Code of medical and sanitary regulations for the guidance of medical officers serving in the Madras Presidency - Volume II
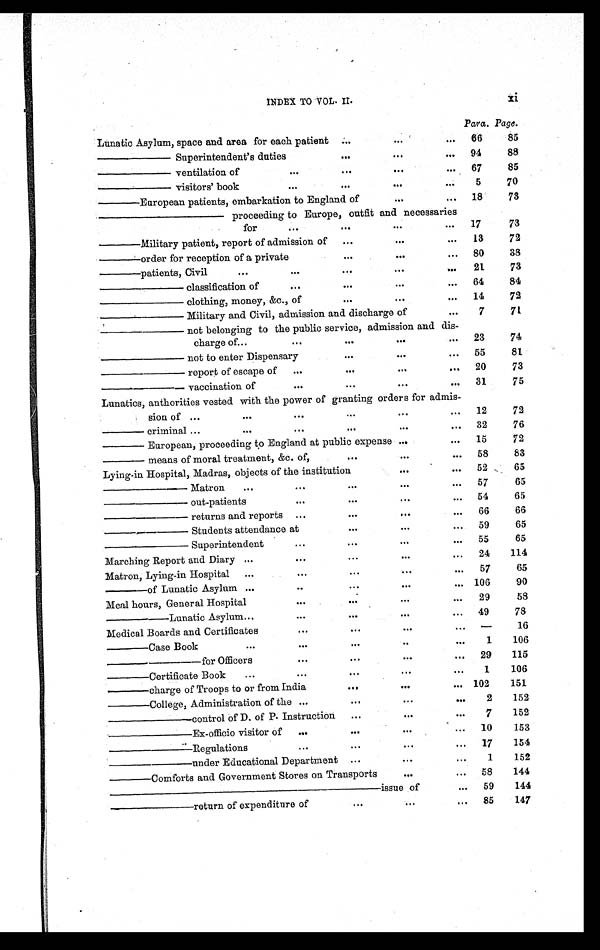
INDEX TO VOL. II.
Para. Page.
Lunatic Asylum, space and area for each patient
...
...
...
66
85
———— Superintendent's duties
. . .
...
...
94
88
———— ventilation of
. . .
. . .
...
...
67
85
———— visitors' book
. . .
. . .
...
. . .
5
70
—— European patients, embarkation to England of
...
...
18
73
—————— proceeding to Europe, outfit and necessaries
for
...
. . .
...
...
17
73
—— Military patient, report of admission of
...
...
...
13
72
—— order for reception of a private
. . .
...
...
80
38
——
p atients, Civil
. . .
. . .
. . .
...
...
21
73
———— classification of
...
...
...
...
64
84
———— clothing, money, &c., of
. . .
...
...
14
72
———— Military and Civil, admission and discharge of
. . .
7
71
————
not belonging to the public service, admission and dis-
charge of
. . .
...
. . .
...
...
23
74
———— not to enter Dispensary
. . .
...
...
55
81
———— report of escape of
...
...
...
...
20
73
———— vaccination of
. . .
. . .
...
...
31
75
Lunatics, anthorities vested with the power of granting orders for admis-
sion of ...
. . .
. . .
. . .
...
...
12
72
—— criminal ...
. . .
. . .
. . .
...
...
32
76
—— European, proceeding to England at public expense ...
...
15
72
—— means of moral treatment, &c. of,
...
...
...
58
83
Lying-in Hospital, Madras, objects of the institution
...
...
52
65
— — — —
M a t r
o n
...
. . .
. . .
...
...
57
65
———— out-patients
. . .
. . .
...
...
54
65
———— returns and reports
...
. . .
...
...
66
66
————
Students attendance at
. . .
...
...
59
65
———— Superintendent
. . .
...
...
...
55
65
Marching Report and Diary ...
...
. . .
...
...
24
114
Matron, Lying-in Hospital
. . .
...
. . .
...
...
57
65
—— of Lunatic Asylum . . .
. .
. . .
...
...
106
90
Meal hours, General Hospital
. . .
. . .
...
...
29
58
— — — — L u n a t i c
A s y l u m
. . .
. . .
. . .
...
...
49
78
Medical Boards and Certificates
...
. . .
...
. . .
—
16
——
Case Book
. . .
. . .
. . .
..
...
1
106
—————
for Officers
...
...
...
...
29
115
——
Certificate Book
...
...
...
...
...
1
106
——
charge of Troops to or from India
. . .
...
... 102
151
——
College, Administration of the ...
. . .
...
. . .
2
152
————
control of D. of P. Instruction
...
...
. . .
7
152
————
Ex-officio visitor of
...
. . .
...
...
10
153
———— Regulations
...
...
...
...
17
154
————
under Educational Department ...
...
. . .
1
152
——
Comforts and Government Stores on Transports
...
...
58
144
— — — — — — — — — —
i s s u e o f
...
59
144
————
return of expenditure of
. . .
...
...
85
147